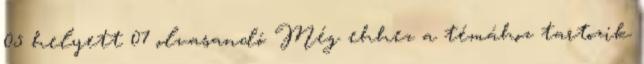
05 helyett 07 olvasandó Még ehhez a témához tartozik